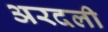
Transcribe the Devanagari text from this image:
अरदली